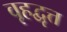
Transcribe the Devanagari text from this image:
वृहद्वृत्त